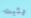
يثبت